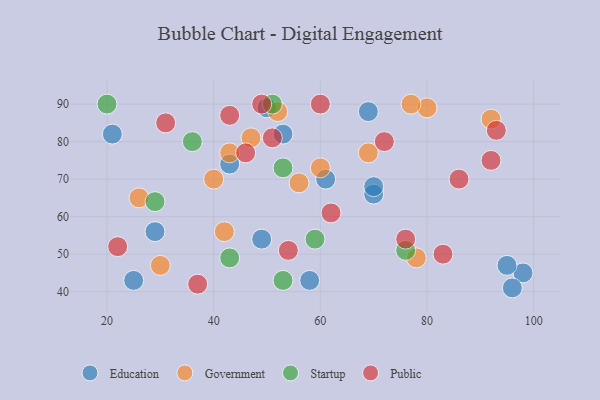
{"axis": {"x": "GDP", "y": "Life Expectancy"}, "legend": ["Education", "Government", "Public", "Startup"], "data": [{"x": "98", "y": 45, "type": "Education"}, {"x": "70", "y": 66, "type": "Education"}, {"x": "50", "y": 89, "type": "Education"}, {"x": "43", "y": 74, "type": "Education"}, {"x": "49", "y": 54, "type": "Education"}, {"x": "70", "y": 68, "type": "Education"}, {"x": "69", "y": 88, "type": "Education"}, {"x": "61", "y": 70, "type": "Education"}, {"x": "53", "y": 82, "type": "Education"}, {"x": "25", "y": 43, "type": "Education"}, {"x": "95", "y": 47, "type": "Education"}, {"x": "29", "y": 56, "type": "Education"}, {"x": "58", "y": 43, "type": "Education"}, {"x": "96", "y": 41, "type": "Education"}, {"x": "21", "y": 82, "type": "Education"}, {"x": "56", "y": 69, "type": "Government"}, {"x": "52", "y": 88, "type": "Government"}, {"x": "60", "y": 73, "type": "Government"}, {"x": "47", "y": 81, "type": "Government"}, {"x": "69", "y": 77, "type": "Government"}, {"x": "26", "y": 65, "type": "Government"}, {"x": "43", "y": 77, "type": "Government"}, {"x": "80", "y": 89, "type": "Government"}, {"x": "77", "y": 90, "type": "Government"}, {"x": "30", "y": 47, "type": "Government"}, {"x": "78", "y": 49, "type": "Government"}, {"x": "92", "y": 86, "type": "Government"}, {"x": "40", "y": 70, "type": "Government"}, {"x": "42", "y": 56, "type": "Government"}, {"x": "43", "y": 49, "type": "Startup"}, {"x": "53", "y": 73, "type": "Startup"}, {"x": "36", "y": 80, "type": "Startup"}, {"x": "51", "y": 90, "type": "Startup"}, {"x": "53", "y": 43, "type": "Startup"}, {"x": "59", "y": 54, "type": "Startup"}, {"x": "76", "y": 51, "type": "Startup"}, {"x": "20", "y": 90, "type": "Startup"}, {"x": "29", "y": 64, "type": "Startup"}, {"x": "43", "y": 87, "type": "Public"}, {"x": "51", "y": 81, "type": "Public"}, {"x": "46", "y": 77, "type": "Public"}, {"x": "54", "y": 51, "type": "Public"}, {"x": "60", "y": 90, "type": "Public"}, {"x": "92", "y": 75, "type": "Public"}, {"x": "93", "y": 83, "type": "Public"}, {"x": "49", "y": 90, "type": "Public"}, {"x": "76", "y": 54, "type": "Public"}, {"x": "62", "y": 61, "type": "Public"}, {"x": "31", "y": 85, "type": "Public"}, {"x": "37", "y": 42, "type": "Public"}, {"x": "83", "y": 50, "type": "Public"}, {"x": "72", "y": 80, "type": "Public"}, {"x": "22", "y": 52, "type": "Public"}, {"x": "86", "y": 70, "type": "Public"}]}